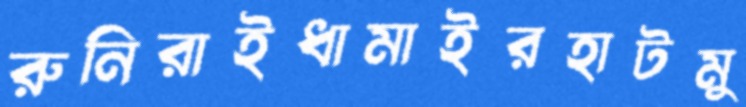
রুনিরাইধামাইরহাটমু